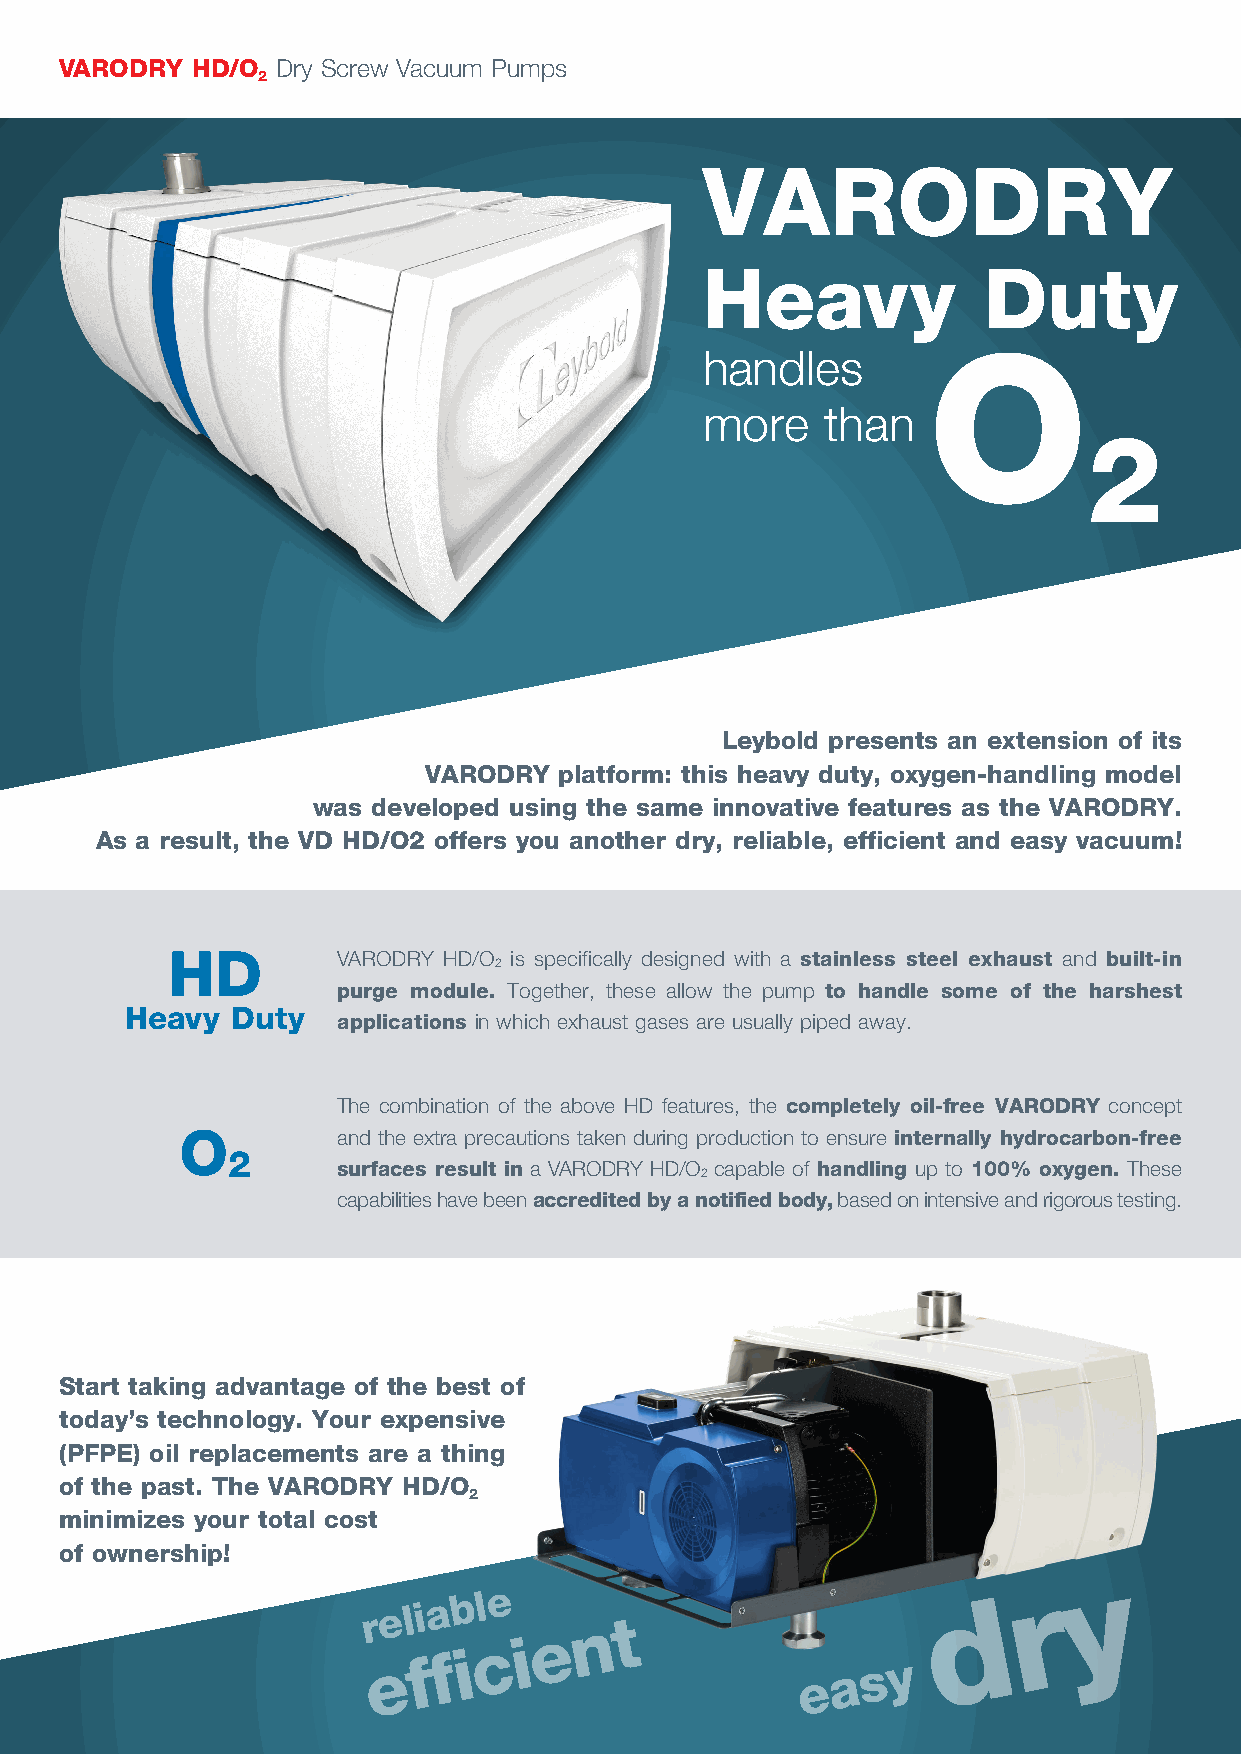
VARODRY  HD/O Dry Screw Vacuum Pumps
 2
 VARODRY
 Heavy              Duty
 handles        O
 more     than
 2
 Leybold presents an extension of its
 VARODRY  platform: this heavy duty, oxygen-handling model
 was developed using the same innovative features as the VARODRY.
 As a result, the VD HD/O2 offers you another dry, reliable, efficient and easy vacuum!
 HD         VARODRY HD/O is specifically designed with a stainless steel exhaust and built-in
 2
 purge module. Together, these allow the pump to handle some of the harshest
 Heavy  Duty
 applications in which exhaust gases are usually piped away.
 The combination of the above HD features, the completely oil-free VARODRY concept
 O         and the extra precautions taken during production to ensure internally hydrocarbon-free
 2
 surfaces result in a VARODRY HD/O capable of handling up to 100% oxygen. These
 2
 capabilities have been accredited by a notified body, based on intensive and rigorous testing.
 Start taking advantage of the best of
 today’s technology. Your expensive
 (PFPE) oil replacements are a thing
 of the past. The VARODRY HD/O
 2
 minimizes your total cost
 of ownership!
 y
 r e l i a b l e n t                   d     r
 e
 c i
 fi
 e f                         e a s y